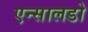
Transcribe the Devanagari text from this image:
एन्सालडो